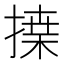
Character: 𢱴